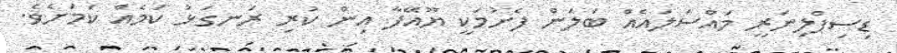
ޑިސިޕްލިނަރީ މައްސަލައެއް ބަލަން ފެށުމަކީ ޔޫއޭފާ އިން ކުރި ރަނގަޅު ކަމެއް ކަމަށެވެ.